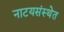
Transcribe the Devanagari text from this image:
नाटयसंस्थेत